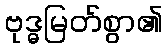
ဗုဒ္ဓမြတ်စွာ၏